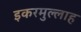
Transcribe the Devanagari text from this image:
इकरमुल्लाह